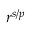
r ^ { s / p }